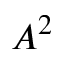
A ^ { 2 }